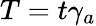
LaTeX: T=t\gamma_{a}